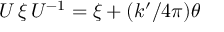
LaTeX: U \, \xi \, U ^ { - 1 } = \xi + ( k ^ { \prime } / 4 \pi ) \theta